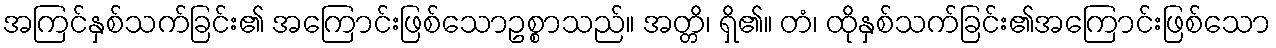
အကြင်နှစ်သက်ခြင်း၏ အကြောင်းဖြစ်သောဥစ္စာသည်။ အတ္တိ၊ ရှိ၏။ တံ၊ ထိုနှစ်သက်ခြင်း၏အကြောင်းဖြစ်သော